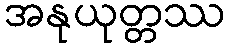
အနုယုတ္တဿ